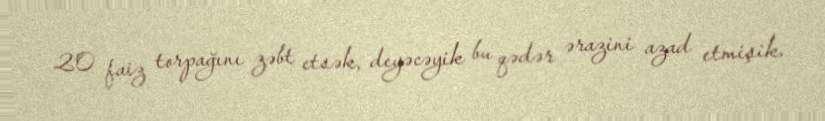
20 faiz torpağını zəbt etsək, deyəcəyik bu qədər ərazini azad etmişik.